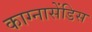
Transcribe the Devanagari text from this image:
काग्नासेंडिस